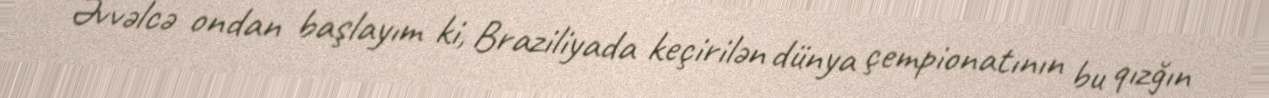
Əvvəlcə ondan başlayım ki, Braziliyada keçirilən dünya çempionatının bu qızğın